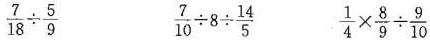
$$\frac { 7 } { 18 } {\div} \frac { 5 } { 9 }$$$$\frac { 7 } { 10 } {\div} 8 {\div} \frac { 14 } { 5 }$$$$\frac { 1 } { 4 }\times \frac { 8 } { 9 } {\div} \frac { 9 } { 10 } $$